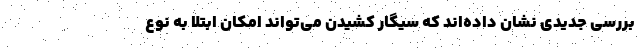
بررسی جدیدی نشان داده‌اند که سیگار کشیدن می‌تواند امکان ابتلا به نوع